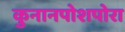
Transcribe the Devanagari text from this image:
कुनानपोशपोरा